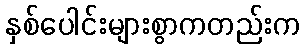
နှစ်ပေါင်းများစွာကတည်းက